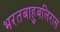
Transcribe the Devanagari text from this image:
भरतबाहुबलिरास